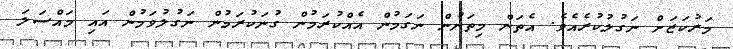
މަރުކަޒަށް ނަގުލުކުރެއެވެ. އެތަން މިތަނުން ނަގަމުން އެއްކުރަމުން ގުނަކުރަމުން ނަގުލުވަމުން އައި މައްސަލަ